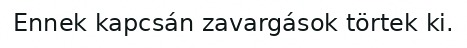
Ennek kapcsán zavargások törtek ki.